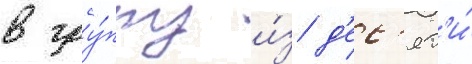
в гру́ппу и́з д'ес'ят'и́